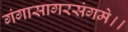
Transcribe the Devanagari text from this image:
गंगासागरसंगमे।।